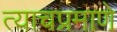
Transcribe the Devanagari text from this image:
त्‍याचप्रमाणे